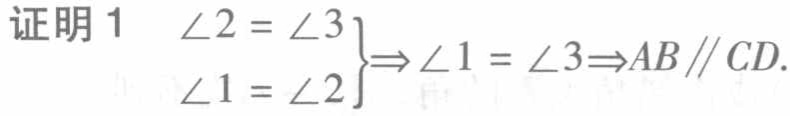
证明 1 $\left.\begin{array}{l}
\angle 2=\angle 3 \\
\angle 1=\angle 2
\end{array}\right\} \Rightarrow \angle 1=\angle 3 \Rightarrow AB\parallel CD$.